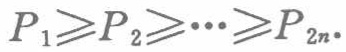
\(P_{1}\geqslant P_{2}\geqslant\cdots\geqslant P_{2n}\)